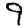
Digit: 9